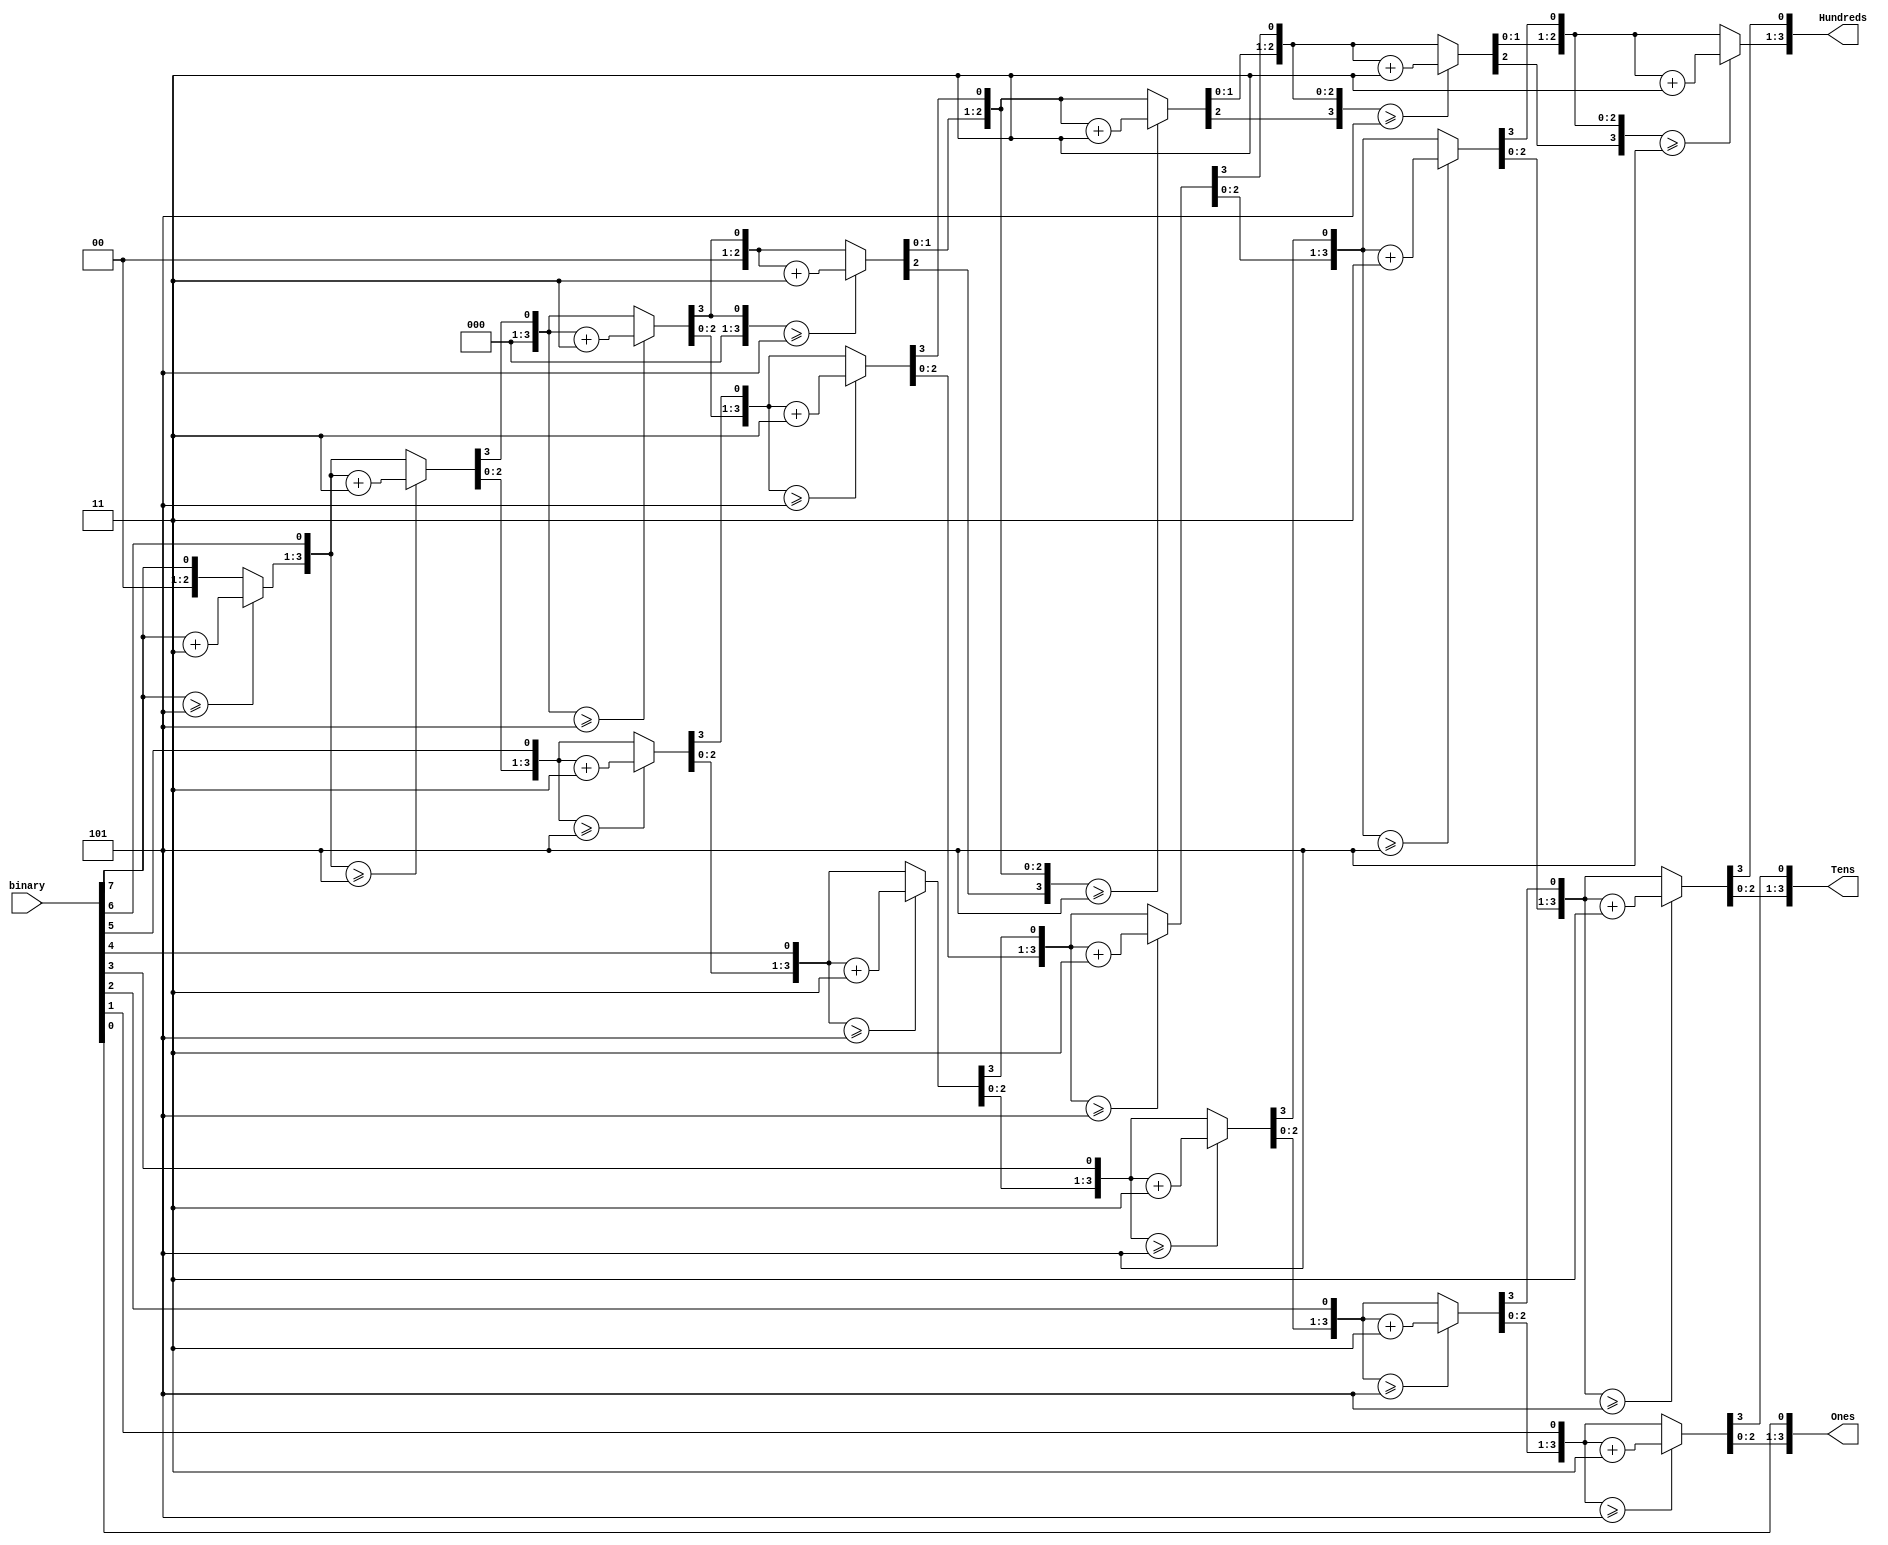
module bin2bcd
(
	input [7:0] binary,
	output reg [3:0] Hundreds,
	output reg [3:0] Tens,
	output reg [3:0] Ones
);

integer i;

always @(binary)
begin
	Hundreds = 4'b0;
	Tens = 4'b0;
	Ones = 4'b0;
	
	for(i=7; i>=0; i=i-1)
	begin
		if(Hundreds >= 5)
			Hundreds = Hundreds + 3;
		if(Tens >= 5)
			Tens = Tens + 3;
		if(Ones >= 5)
			Ones = Ones + 3;
		
		Hundreds = Hundreds << 1;
		Hundreds[0] = Tens[3];
		Tens = Tens << 1;
		Tens[0] = Ones[3];
		Ones = Ones << 1;
		Ones[0] = binary[i];
	end
end

endmodule